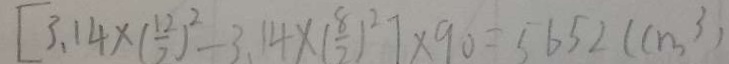
[ 3 . 1 4 \cdot ( \frac { 1 2 } { 2 } ) ^ { 2 } - 3 . 1 4 \cdot ( \frac { 8 } { 2 } ) ^ { 2 } ] \cdot 9 0 = 5 6 5 2 c m ^ { 3 }